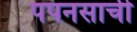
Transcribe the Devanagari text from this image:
पपनसाची